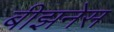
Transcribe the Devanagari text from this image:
बीझनेस